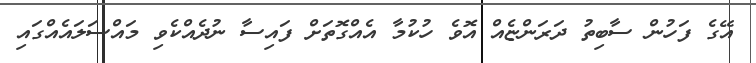
އޭގެ ފަހުން ސާބިތު ދަރަންޏެއް އޮވެ ހުކުމާ އެއްގޮތަށް ފައިސާ ނުދެއްކެވި މައްސަލައެއްގައި